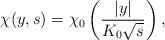
LaTeX: \begin{align*}\chi(y,s)= \chi_0\left(\frac{|y|}{K_0\sqrt{s}}\right),\end{align*}